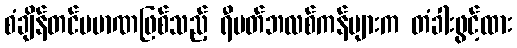
စံချိန်တင်ပမာဏဖြစ်သည့် ရီပတ်ဘလစ်ကန်များက တံခါးဖွင့်ထား